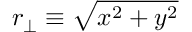
r _ { \perp } \equiv \sqrt { x ^ { 2 } + y ^ { 2 } }